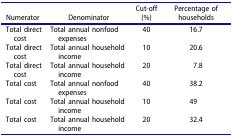
| Numerator | Denominator | Cut-off (%) | Percentage of households |
 | --- | --- | --- | --- |
 | Total direct cost | Total annual nonfood expenses | 40 | 16.7 |
 | Total direct cost | Total annual household income | 10 | 20.6 |
 | Total direct cost | Total annual household income | 20 | 7.8 |
 | Total cost | Total annual nonfood expenses | 40 | 38.2 |
 | Total cost | Total annual household income | 10 | 49 |
 | Total cost | Total annual household income | 20 | 32.4 |